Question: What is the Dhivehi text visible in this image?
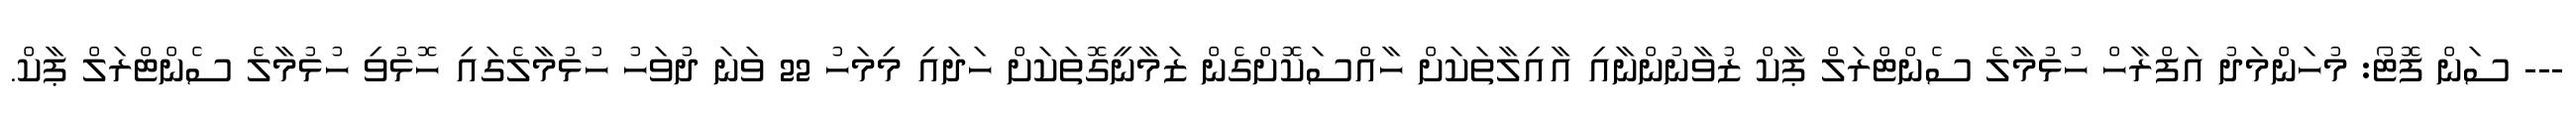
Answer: --- ސަން ފޮޓޯ: މުހަންމަދު އަފްރާހް ހުޅުމާލެ ސެންޓްރަލް ޕާކް ޒުވާނުންނާއި އާއިލާތަކަށް ހާއްސަކޮށްގެން ޒަމާނީގޮތަކަށް ހަދައި މިމަހު 22 ވަނަ ދުވަހު ހުޅުމާލެގައި ހޮޅުވި ހުޅުމާލެ ސެންޓްރަލް ޕާކް.